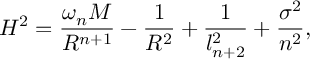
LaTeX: H ^ { 2 } = \frac { \omega _ { n } M } { R ^ { n + 1 } } - \frac { 1 } { R ^ { 2 } } + \frac { 1 } { l _ { n + 2 } ^ { 2 } } + \frac { \sigma ^ { 2 } } { n ^ { 2 } } ,